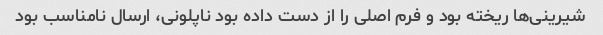
شیرینی‌ها ریخته بود و فرم اصلی را از دست داده بود ناپلونی، ارسال نامناسب بود